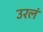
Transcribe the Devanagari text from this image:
उरलं